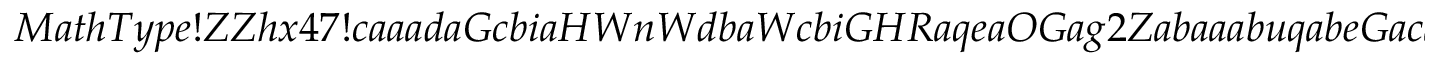
M a t h T y p e ! Z Z h x 4 7 ! c a a a d a G c b i a H W n W d b a W c b i G H R a q e a O G a g 2 Z a b a a a b u q a b e G a c a a a b i